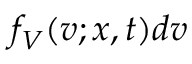
f _ { V } ( { \boldsymbol { v } } ; { \boldsymbol { x } } , t ) d { \boldsymbol { v } }